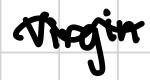
Text: Virgin
Cross-out: wave
Writing tool: digital_black